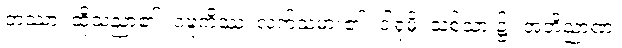
တဿာ၊ ထိုသညာ၏။ ဝဍ္ဎကိဿ၊ လက်သမား၏။ ဒါရုမှိ၊ သစ်သား၌။ အဘိညာဏံ၊